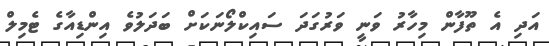
އަދި އެ ތޫފާން މިހާރު ވަނީ ވަރުގަދަ ސައިކްލޯނަކަށް ބަދަލުވެ އިންޑިއާގެ ޓެމިލް